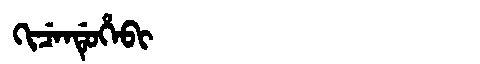
Manchu: ᡴᡳᠴᡝᠨᡩᡠᡥᡝᠪᡳ
Romanization: KICENDUHEBI